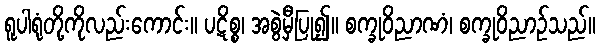
ရူပါရုံတို့ကိုလည်းကောင်း။ ပဋိစ္စ၊ အစွဲမှီပြု၍။ စက္ခုဝိညာဏံ၊ စက္ခုဝိညာဉ်သည်။